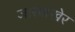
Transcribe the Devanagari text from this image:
जारबाखेर